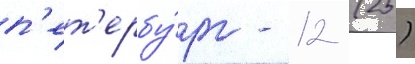
п'ет'ербу́рг - 12 (25)